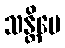
သန္တိပေ